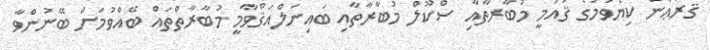
ޤުރުޢާން ކިޔެވުމުގެ ޤައުމީ މުބާރާތާއި ސްކޫލް މުބާރާތާއި ބައިނަލްއަޤްވާމީ މުބާރާތްތައް ބޭއްވުމަށް ބޭނުންވާ